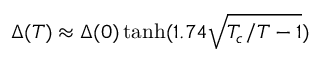
\Delta ( T ) \approx \Delta ( 0 ) \operatorname { t a n h } ( 1 . 7 4 \sqrt { T _ { c } / T - 1 } )